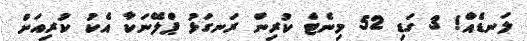
ލަނޑެއް! 3 ގަޑި 52 މިނެޓް ކުރިން ރަނގަޅު ޕްލޭނަކާ އެކު ކުރިއަށް